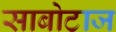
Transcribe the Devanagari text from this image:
साबोटाज